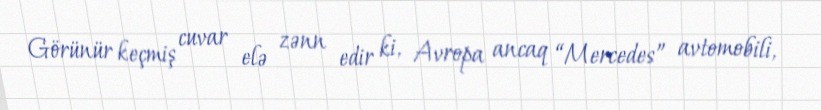
Görünür keçmiş cuvar elə zənn edir ki, Avropa ancaq “Mercedes” avtomobili,